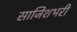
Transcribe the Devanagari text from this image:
साजिशभरी